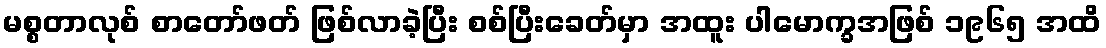
မစ္စတာလုစ် စာတော်ဖတ် ဖြစ်လာခဲ့ပြီး စစ်ပြီးခေတ်မှာ အထူး ပါမောက္ခအဖြစ် ၁၉၆၅ အထိ